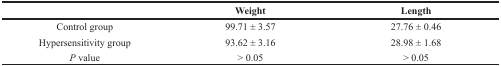
|  | Weight | Length |
 | --- | --- | --- |
 | Control group | 99.71 ± 3.57 | 27.76 ± 0.46 |
 | Hypersensitivity group | 93.62 ± 3.16 | 28.98 ± 1.68 |
 | P value | > 0.05 | > 0.05 |